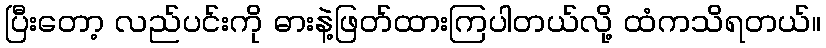
ပြီးတော့ လည်ပင်းကို ဓားနဲ့ဖြတ်ထားကြပါတယ်လို့ ထံကသိရတယ်။